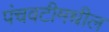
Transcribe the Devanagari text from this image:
पंचवटीमधील